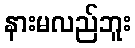
နားမလည်ဘူး